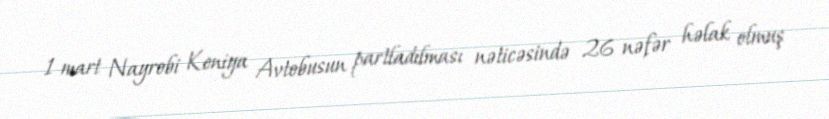
1 mart Nayrobi Keniya Avtobusun partladılması nəticəsində 26 nəfər həlak olmuş